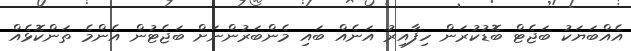
އެއްބަޔަކު ބަޖެޓް ބޮޑުކުރަން ހިފާއިރު އަނެއް ބައި މެންބަރުންނަށް ބަޖެޓުން އެންމެ ތަންކޮޅެއް